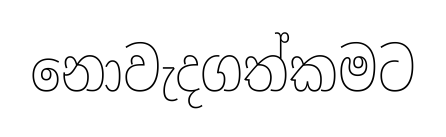
නොවැදගත්කමට